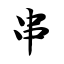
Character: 串